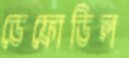
ডেফোডিল